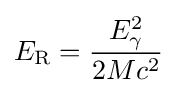
E_{\mathrm {R} }={\frac {E_{\mathrm {\gamma } }^{2}}{2Mc^{2}}}